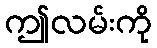
ဤလမ်းကို